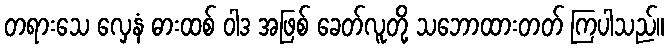
တရားသေ လှေနံ ဓားထစ် ဝါဒ အဖြစ် ခေတ်လူတို့ သဘောထားတတ် ကြပါသည်။